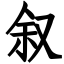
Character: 叙